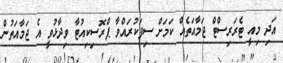
އަދި މިއީ ޓެރަރިސްޓް ޖަމާއަތެއް ކަމަށް ސިފަކުރައްވާ ޕްރޮސިކިއުޓާ ވިދާޅުވީ އެ ޖަމާއަތުން